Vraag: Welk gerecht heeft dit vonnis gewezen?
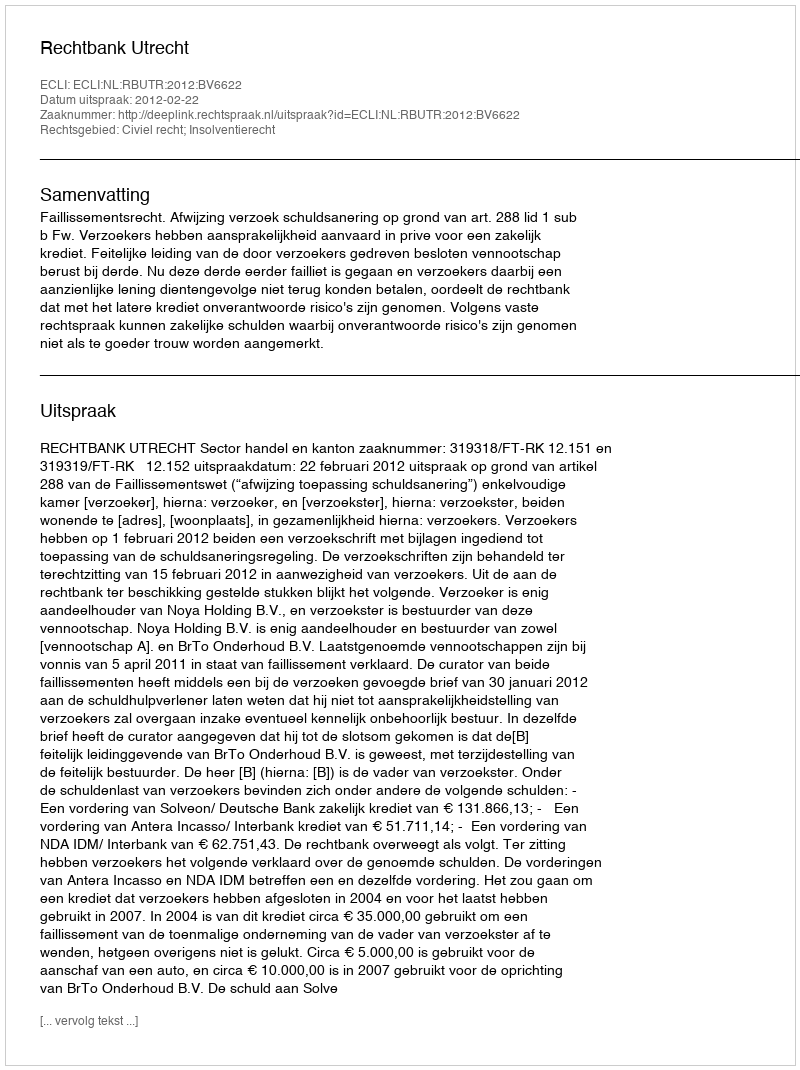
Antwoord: Rechtbank Utrecht